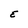
Character: E